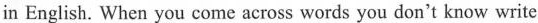
in English. When you come across words you don't know write